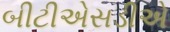
બીટીએસડીએ